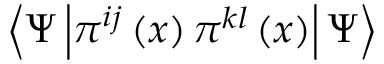
\left\langle \Psi \left| \pi ^ { i j } \left( x \right) \pi ^ { k l } \left( x \right) \right| \Psi \right\rangle